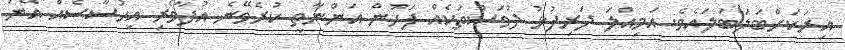
އިރަކަށްބަލަބަލައެވެ. އަމިއްލަ ދަރިފުޅު ދުވަސްތަކެއް ފަހުން އަންނާތީ ކުރެވޭނެ އުފާވެރި އިހުސާސެއް އޭނަ